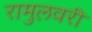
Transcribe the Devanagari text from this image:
रामुलवरी